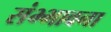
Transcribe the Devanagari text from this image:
संभ्भावना